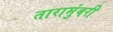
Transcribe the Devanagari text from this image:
तारामुंबरी